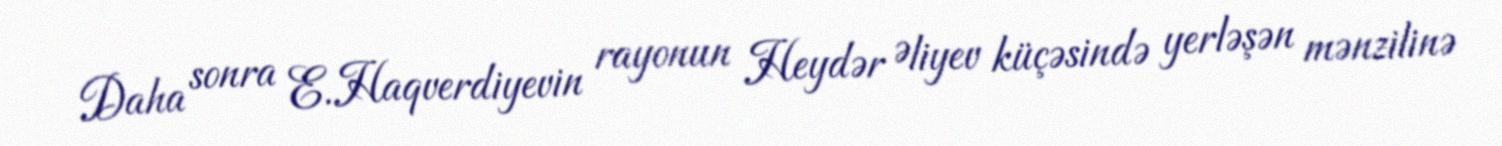
Daha sonra E.Haqverdiyevin rayonun Heydər Əliyev küçəsində yerləşən mənzilinə